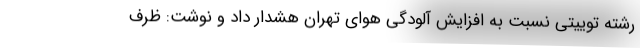
رشته‌ توییتی نسبت به افزایش آلودگی هوای تهران هشدار داد و نوشت: ظرف